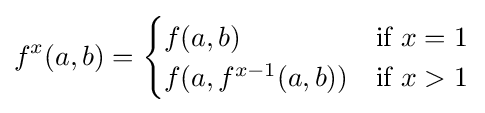
f^{x}(a,b)={\begin{cases}f(a,b)&{\text{if }}x=1\\f(a,f^{x-1}(a,b))&{\text{if }}x>1\end{cases}}